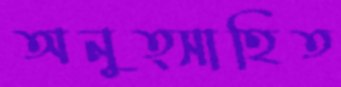
অনুত্সাহিত